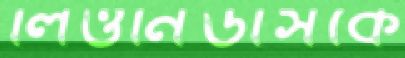
লিওনিডাসকে